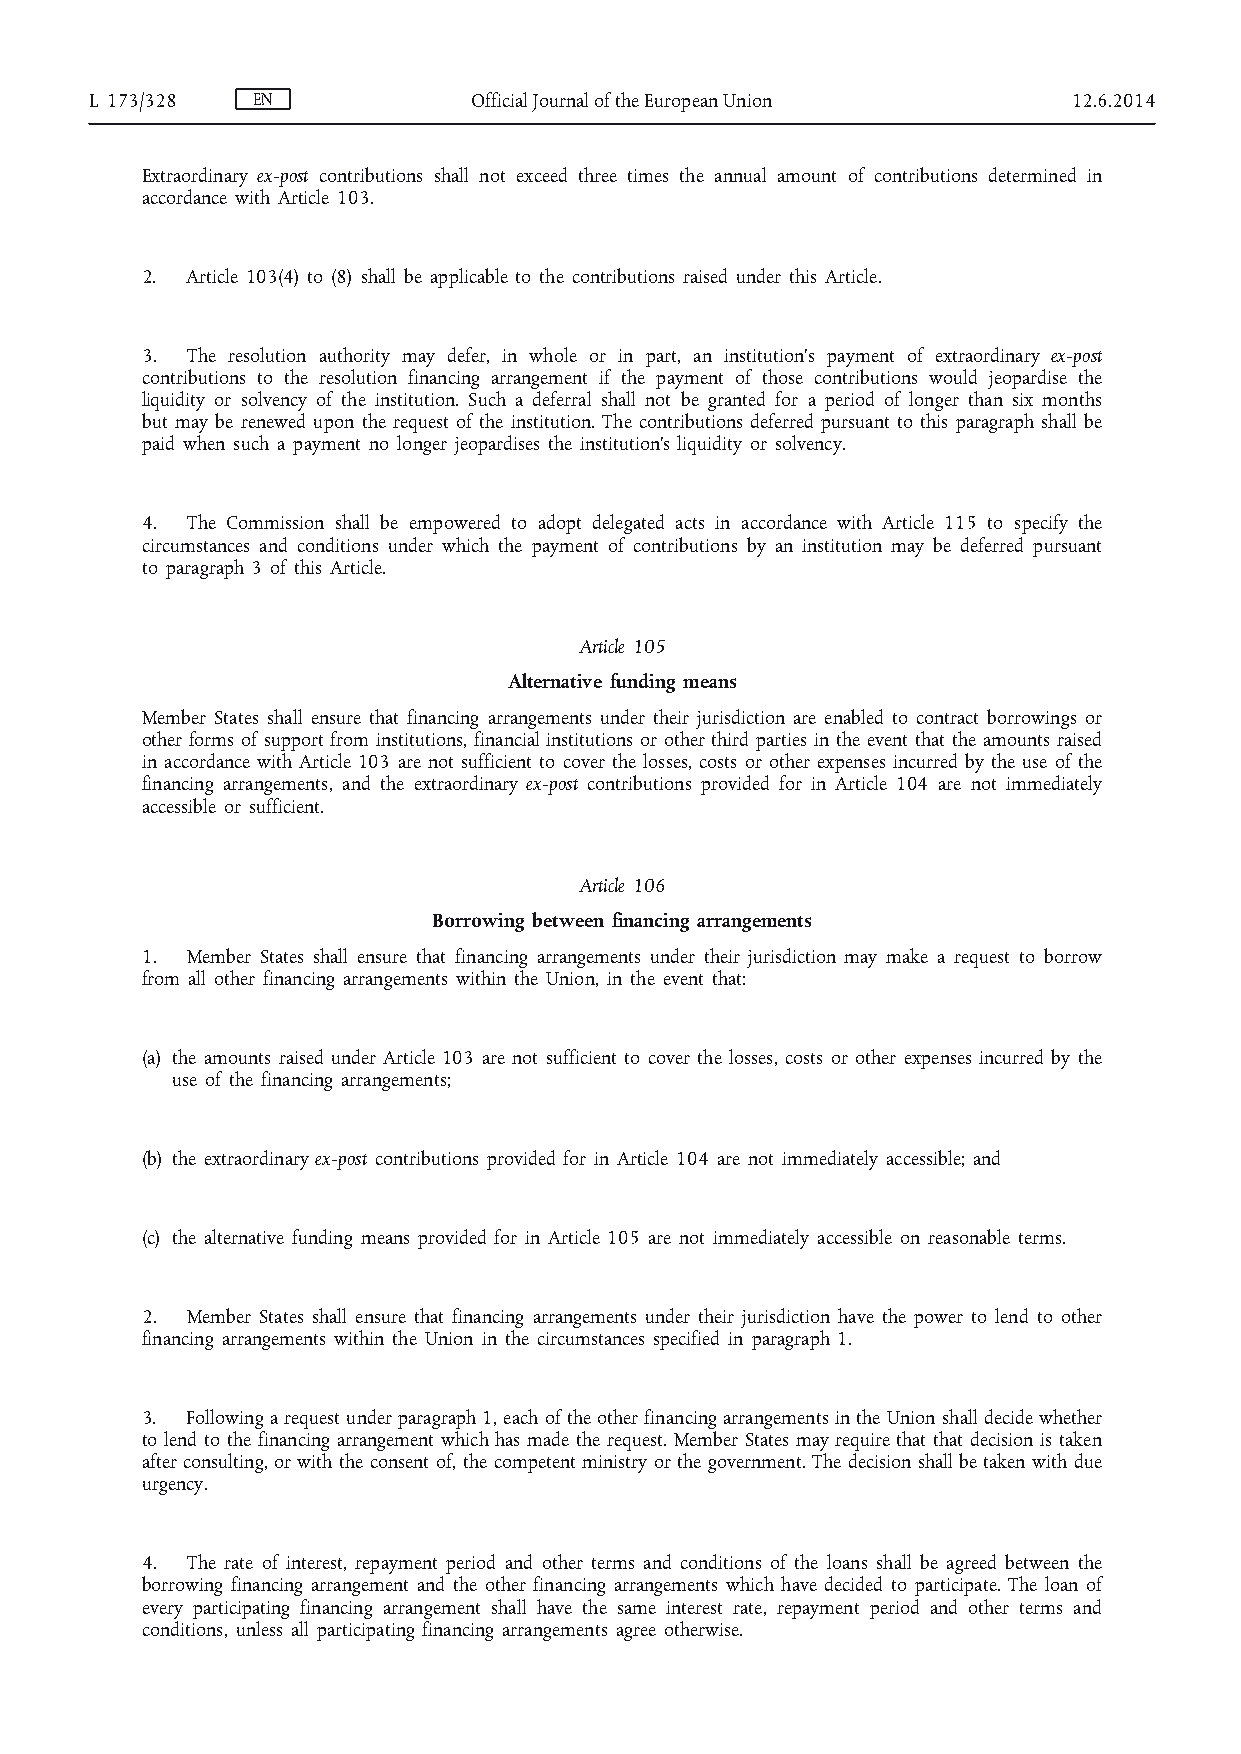
L 173/328  EN            Official Journal of the European Union  12.6.2014
 Extraordinary ex-post contributions shall not exceed three times the annual amount of contributions determined in
 accordance with Article 103.
 2. Article 103(4) to (8) shall be applicable to the contributions raised under this Article.
 3. The resolution authority may defer, in whole or in part, an institution’s payment of extraordinary ex-post
 contributions to the resolution financing arrangement if the payment of those contributions would jeopardise the
 liquidity or solvency of the institution. Such a deferral shall not be granted for a period of longer than six months
 but may be renewed upon the request of the institution. The contributions deferred pursuant to this paragraph shall be
 paid when such a payment no longer jeopardises the institution’s liquidity or solvency.
 4. The Commission shall be empowered to adopt delegated acts in accordance with Article 115 to specify the
 circumstances and conditions under which the payment of contributions by an institution may be deferred pursuant
 to paragraph 3 of this Article.
 Article 105
 Alternative funding means
 Member States shall ensure that financing arrangements under their jurisdiction are enabled to contract borrowings or
 other forms of support from institutions, financial institutions or other third parties in the event that the amounts raised
 in accordance with Article 103 are not sufficient to cover the losses, costs or other expenses incurred by the use of the
 financing arrangements, and the extraordinary ex-post contributions provided for in Article 104 are not immediately
 accessible or sufficient.
 Article 106
 Borrowing between financing arrangements
 1. Member States shall ensure that financing arrangements under their jurisdiction may make a request to borrow
 from all other financing arrangements within the Union, in the event that:
 (a) the amounts raised under Article 103 are not sufficient to cover the losses, costs or other expenses incurred by the
 use of the financing arrangements;
 (b) the extraordinary ex-post contributions provided for in Article 104 are not immediately accessible; and
 (c) the alternative funding means provided for in Article 105 are not immediately accessible on reasonable terms.
 2. Member States shall ensure that financing arrangements under their jurisdiction have the power to lend to other
 financing arrangements within the Union in the circumstances specified in paragraph 1.
 3. Following a request under paragraph 1, each of the other financing arrangements in the Union shall decide whether
 to lend to the financing arrangement which has made the request. Member States may require that that decision is taken
 after consulting, or with the consent of, the competent ministry or the government. The decision shall be taken with due
 urgency.
 4. The rate of interest, repayment period and other terms and conditions of the loans shall be agreed between the
 borrowing financing arrangement and the other financing arrangements which have decided to participate. The loan of
 every participating financing arrangement shall have the same interest rate, repayment period and other terms and
 conditions, unless all participating financing arrangements agree otherwise.